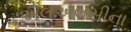
એલએલસીના